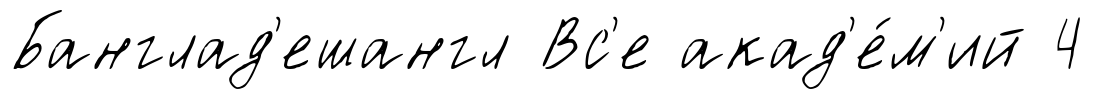
Банглад'ешангл Вс'е акад'е́м'ий 4